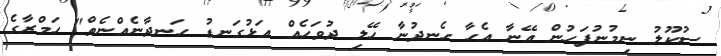
ސުކޫލު ނިމުނުފަހުން އޭނާ އެހާ ހެނދުނާ ހޭލި ދުވަހެއް އަޅުގަނޑު ހަނދާނެއްނެތް" ހަމްރާގެ